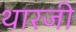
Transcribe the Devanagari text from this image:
थारजी